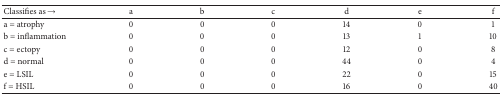
<table><thead><tr><td><b>Classifies as →</b></td><td><b>a</b></td><td><b>b</b></td><td><b>c</b></td><td><b>d</b></td><td><b>e</b></td><td><b>f</b></td></tr></thead><tbody><tr><td>a = atrophy</td><td>0</td><td>0</td><td>0</td><td>14</td><td>0</td><td>1</td></tr><tr><td>b = inflammation</td><td>0</td><td>0</td><td>0</td><td>13</td><td>1</td><td>10</td></tr><tr><td>c = ectopy</td><td>0</td><td>0</td><td>0</td><td>12</td><td>0</td><td>8</td></tr><tr><td>d = normal</td><td>0</td><td>0</td><td>0</td><td>44</td><td>0</td><td>4</td></tr><tr><td>e = LSIL</td><td>0</td><td>0</td><td>0</td><td>22</td><td>0</td><td>15</td></tr><tr><td>f = HSIL</td><td>0</td><td>0</td><td>0</td><td>16</td><td>0</td><td>40</td></tr></tbody></table>